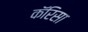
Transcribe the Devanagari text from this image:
कॅरिसा